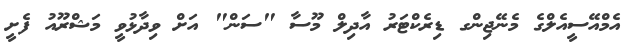
އެމްއޭސީއެލްގެ މެނޭޖިންގ ޑިރެކްޓަރު އާދިލް މޫސާ "ސަން" އަށް ވިދާޅުވީ މަޝްރޫއު ފެށީ